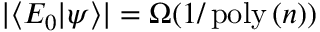
| \langle E _ { 0 } | \psi \rangle | = \Omega ( 1 / \operatorname { p o l y } \left( n \right) )